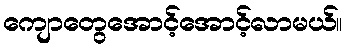
ကျောတွေအောင့်အောင့်လာမယ်။